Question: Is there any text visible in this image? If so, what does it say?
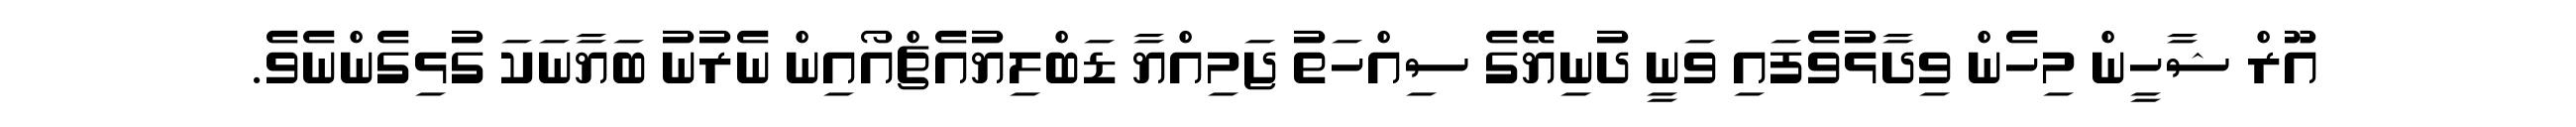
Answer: އޫރް ޝާހީން މިހެން ވިދާޅުވެފައި ވަނީ ދުނިޔޭގެ ސިއްހަތު ޖަމިއްޔާ ޑަބްލިޔުއެޗްއޯއިން ނެރުނު ބަޔާނަކަ ގުޅިގެންނެވެ.